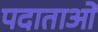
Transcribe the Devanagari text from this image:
पदाताओं